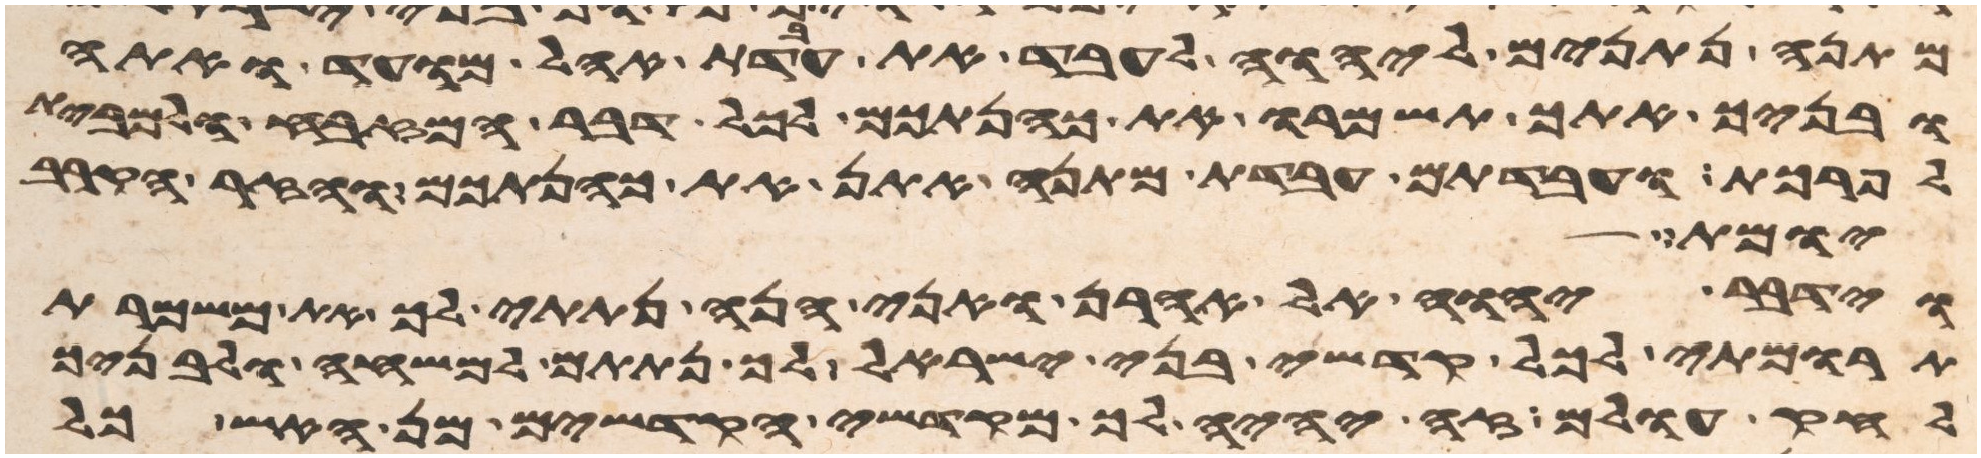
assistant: מתנה נתנים ליהוה לעבד את עבדת אהל מועד ואתה
ובניך אתך תשמרו את כהנתכם לכל דבר המזבח ולמבית
לפרכת ועבדתם עבדת מתנה אתן את כהנתכם והזר הקרב
יומת
וידבר יהוה אל אהרן ואני הנה נתתי לך את משמרת
תרומתי לכל קדשי בני ישראל לך נתתים למשחה ולבניך
לחק עולם זה יהיה לך מקדשי הקדשים מן האש כל